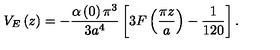
V _ { E } \left( z \right) = - \frac { \alpha \left( 0 \right) \pi ^ { 3 } } { 3 a ^ { 4 } } \left[ 3 F \left( \frac { \pi z } { a } \right) - \frac { 1 } { 1 2 0 } \right] .